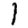
Digit: 1